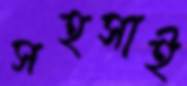
সহসাই